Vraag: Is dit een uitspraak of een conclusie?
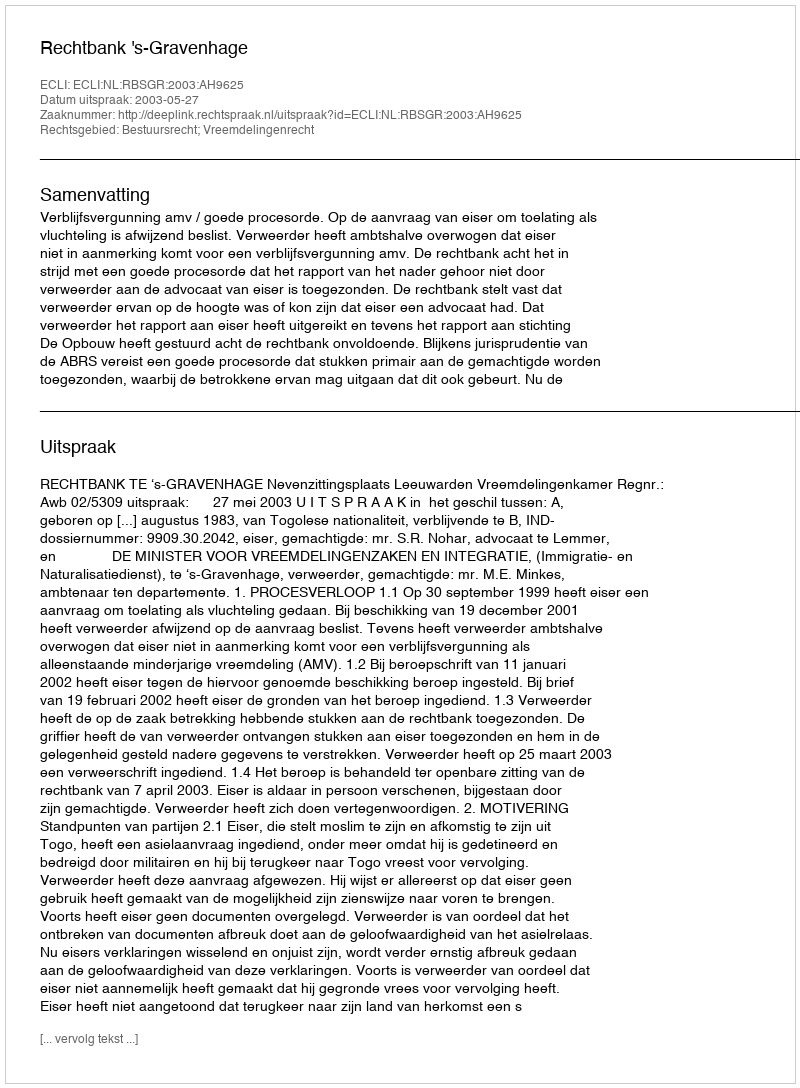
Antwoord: Uitspraak